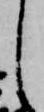
し